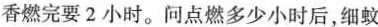
香燃完要2小时。问点燃多少小时后，细蚊